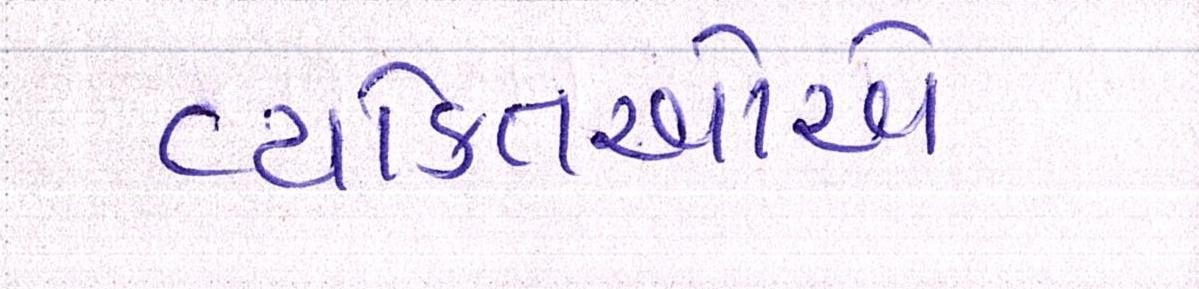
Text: વ્યક્તિઓએ